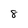
Character: 8